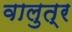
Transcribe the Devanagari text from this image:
वालुत्र